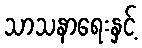
သာသနာရေးနှင့်